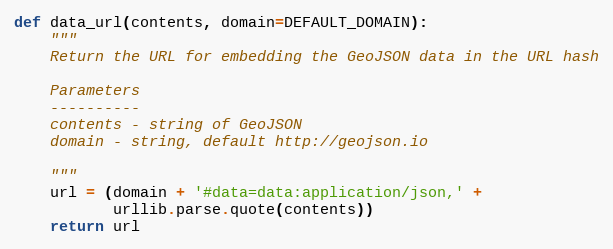
Language: Python
def data_url(contents, domain=DEFAULT_DOMAIN):
    """
    Return the URL for embedding the GeoJSON data in the URL hash

    Parameters
    ----------
    contents - string of GeoJSON
    domain - string, default http://geojson.io

    """
    url = (domain + '#data=data:application/json,' +
           urllib.parse.quote(contents))
    return url